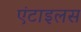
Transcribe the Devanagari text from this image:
एंटाइलस